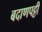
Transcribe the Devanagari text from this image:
बदाणपट्टी